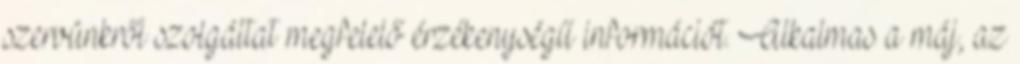
szervünkről szolgáltat megfelelő érzékenységű információt. Alkalmas a máj, az